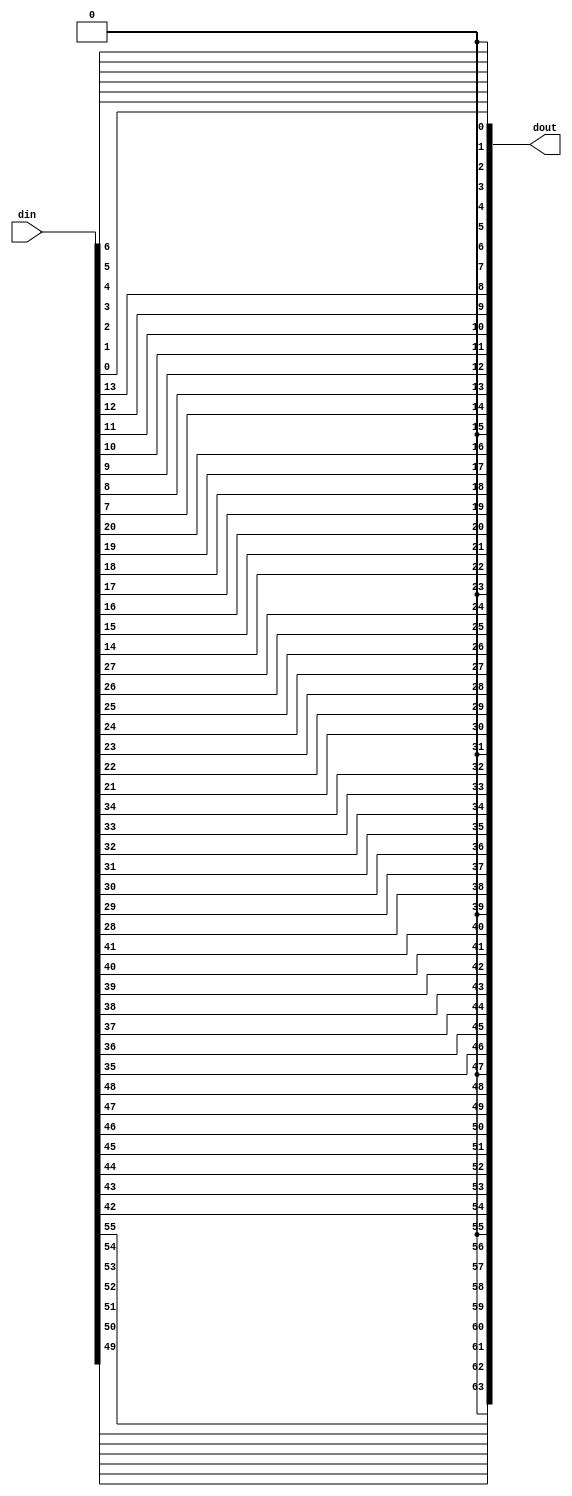
`timescale 1ns / 1ps

// Converts 8 ASCII characters (7 bit each) into 64-bit
// exactly like crypt(3) is doing
// for further use in PC1

module crypt3_ascii2bin(
	input [55:0] din,
	output [63:0] dout
	);

	assign dout = {
		1'b0, din[49], din[50], din[51], din[52], din[53], din[54], din[55],
		1'b0, din[42], din[43], din[44], din[45], din[46], din[47], din[48],
		1'b0, din[35], din[36], din[37], din[38], din[39], din[40], din[41],
		1'b0, din[28], din[29], din[30], din[31], din[32], din[33], din[34],

		1'b0, din[21], din[22], din[23], din[24], din[25], din[26], din[27],
		1'b0, din[14], din[15], din[16], din[17], din[18], din[19], din[20],
		1'b0, din[7], din[8], din[9], din[10], din[11], din[12], din[13],
		1'b0, din[0], din[1], din[2], din[3], din[4], din[5], din[6]
	};

endmodule